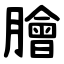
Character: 膾